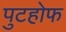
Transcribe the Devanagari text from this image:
पुटहोफ